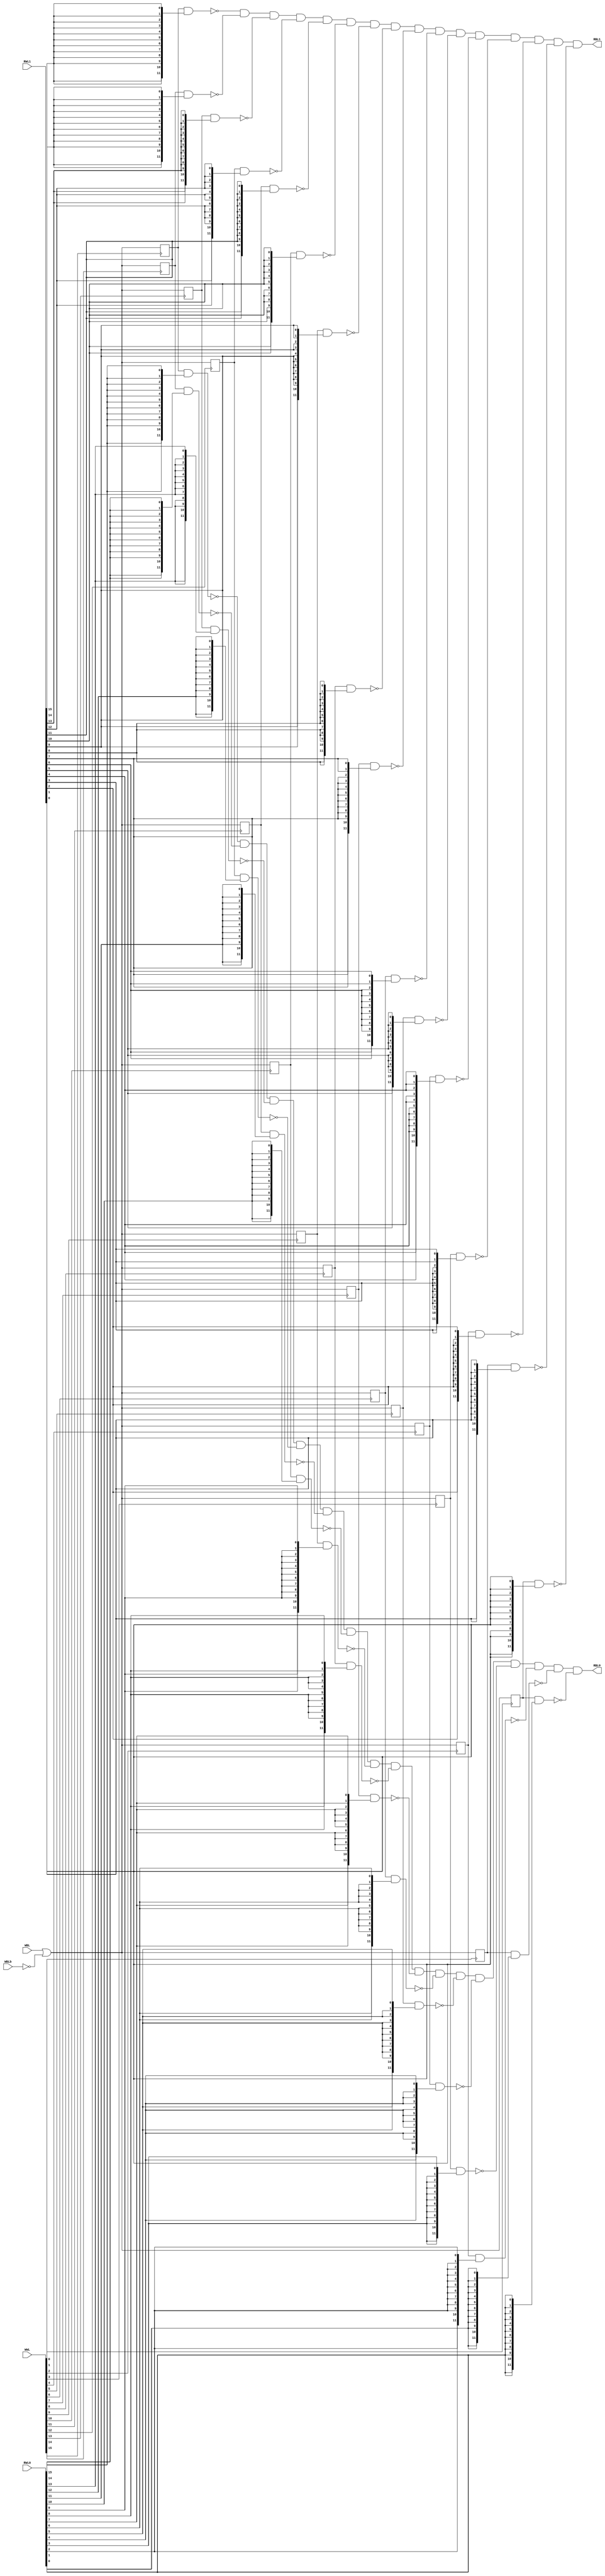
module toysram_16x12 (

   input  [0:15]     RWL0,
   input  [0:15]     RWL1,
   input  [0:15]     WWL,
   output [0:11]     RBL0,
   output [0:11]     RBL1,
   input  [0:11]     WBL,
   input  [0:11]     WBLb

);

reg [0:11] mem_00;
reg [0:11] mem_01;
reg [0:11] mem_02;
reg [0:11] mem_03;
reg [0:11] mem_04;
reg [0:11] mem_05;
reg [0:11] mem_06;
reg [0:11] mem_07;
reg [0:11] mem_08;
reg [0:11] mem_09;
reg [0:11] mem_10;
reg [0:11] mem_11;
reg [0:11] mem_12;
reg [0:11] mem_13;
reg [0:11] mem_14;
reg [0:11] mem_15;

// word-select
// the bits are negative-active at this point
// the cell outputs 0 if stored '1' AND RWLx; RBLx[0:11] are dot-AND'ed
assign RBL0 = ~(mem_00  & {12{RWL0[0]}})  &
              ~(mem_01  & {12{RWL0[1]}})  &
              ~(mem_02  & {12{RWL0[2]}})  &
              ~(mem_03  & {12{RWL0[3]}})  &
              ~(mem_04  & {12{RWL0[4]}})  &
              ~(mem_05  & {12{RWL0[5]}})  &
              ~(mem_06  & {12{RWL0[6]}})  &
              ~(mem_07  & {12{RWL0[7]}})  &
              ~(mem_08  & {12{RWL0[8]}})  &
              ~(mem_09  & {12{RWL0[9]}})  &
              ~(mem_10  & {12{RWL0[10]}}) &
              ~(mem_11  & {12{RWL0[11]}}) &
              ~(mem_12  & {12{RWL0[12]}}) &
              ~(mem_13  & {12{RWL0[13]}}) &
              ~(mem_14  & {12{RWL0[14]}}) &
              ~(mem_15  & {12{RWL0[15]}});

assign RBL1 = ~(mem_00  & {12{RWL1[0]}})  &
              ~(mem_01  & {12{RWL1[1]}})  &
              ~(mem_02  & {12{RWL1[2]}})  &
              ~(mem_03  & {12{RWL1[3]}})  &
              ~(mem_04  & {12{RWL1[4]}})  &
              ~(mem_05  & {12{RWL1[5]}})  &
              ~(mem_06  & {12{RWL1[6]}})  &
              ~(mem_07  & {12{RWL1[7]}})  &
              ~(mem_08  & {12{RWL1[8]}})  &
              ~(mem_09  & {12{RWL1[9]}})  &
              ~(mem_10  & {12{RWL1[10]}}) &
              ~(mem_11  & {12{RWL1[11]}}) &
              ~(mem_12  & {12{RWL1[12]}}) &
              ~(mem_13  & {12{RWL1[13]}}) &
              ~(mem_14  & {12{RWL1[14]}}) &
              ~(mem_15  & {12{RWL1[15]}});

always @(posedge WWL[0]) begin
   mem_00 <= WBL | ~WBLb;
end

always @(posedge WWL[1]) begin
   mem_01 <= WBL | ~WBLb;
end

always @(posedge WWL[2]) begin
   mem_02 <= WBL | ~WBLb;
end

always @(posedge WWL[3]) begin
   mem_03 <= WBL | ~WBLb;
end

always @(posedge WWL[4]) begin
   mem_04 <= WBL | ~WBLb;
end

always @(posedge WWL[5]) begin
   mem_05 <= WBL | ~WBLb;
end

always @(posedge WWL[6]) begin
   mem_06 <= WBL | ~WBLb;
end

always @(posedge WWL[7]) begin
   mem_07 <= WBL | ~WBLb;
end

always @(posedge WWL[8]) begin
   mem_08 <= WBL | ~WBLb;
end

always @(posedge WWL[9]) begin
   mem_09 <= WBL | ~WBLb;
end

always @(posedge WWL[10]) begin
   mem_10 <= WBL | ~WBLb;
end

always @(posedge WWL[11]) begin
   mem_11 <= WBL | ~WBLb;
end

always @(posedge WWL[12]) begin
   mem_12 <= WBL | ~WBLb;
end

always @(posedge WWL[13]) begin
   mem_13 <= WBL | ~WBLb;
end

always @(posedge WWL[14]) begin
   mem_14 <= WBL | ~WBLb;
end

always @(posedge WWL[15]) begin
   mem_15 <= WBL | ~WBLb;
end

// assert errors (multiwrite, etc.)

endmodule